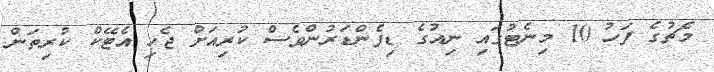
މެޗުގެ ފަހު 10 މިނެޓުގައި ނިއުގެ ޑިފެންޑަރުންވެސް ކުރިއަށް ޖެހި އެޓޭކް ކުރިތަން